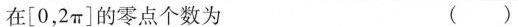
sin 2x}{()}$$ ；